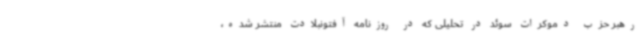
رهبر حزب دموکرات سوئد در تحلیلی که در روزنامه آفتونبلادت منتشر شده،